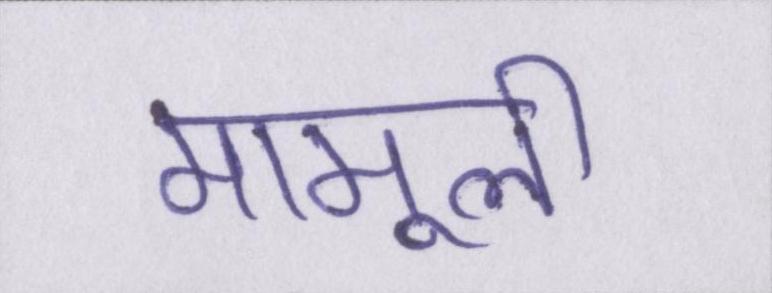
मामूली